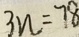
3 n = 7 8